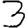
Digit: 3